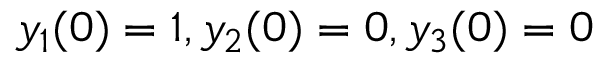
y _ { 1 } ( 0 ) = 1 , y _ { 2 } ( 0 ) = 0 , y _ { 3 } ( 0 ) = 0